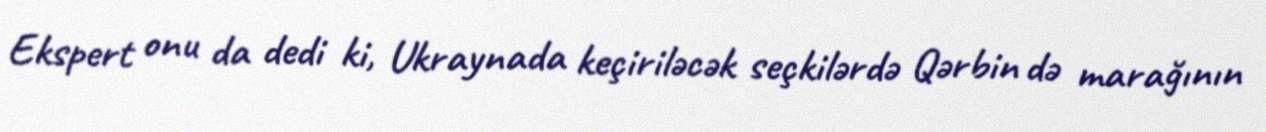
Ekspert onu da dedi ki, Ukraynada keçiriləcək seçkilərdə Qərbin də marağının